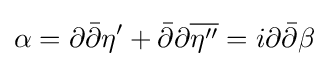
\alpha =\partial {\bar {\partial }}\eta '+{\bar {\partial }}\partial {\overline {\eta ''}}=i\partial {\bar {\partial }}\beta